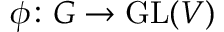
\phi \colon G \to \mathrm { G L } ( V )